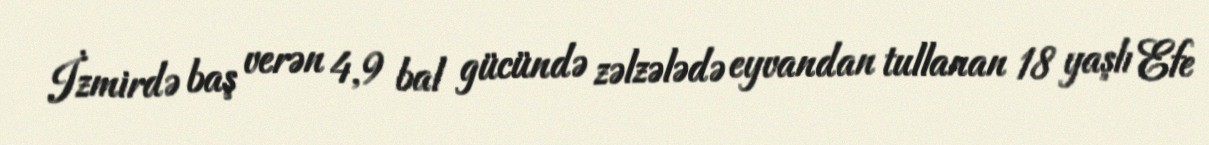
İzmirdə baş verən 4,9 bal gücündə zəlzələdə eyvandan tullanan 18 yaşlı Efe